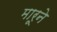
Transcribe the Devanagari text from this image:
मारूने